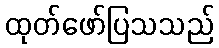
ထုတ်ဖော်ပြသသည်